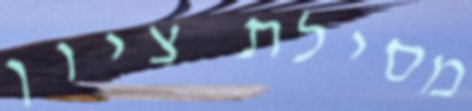
מסילת ציון